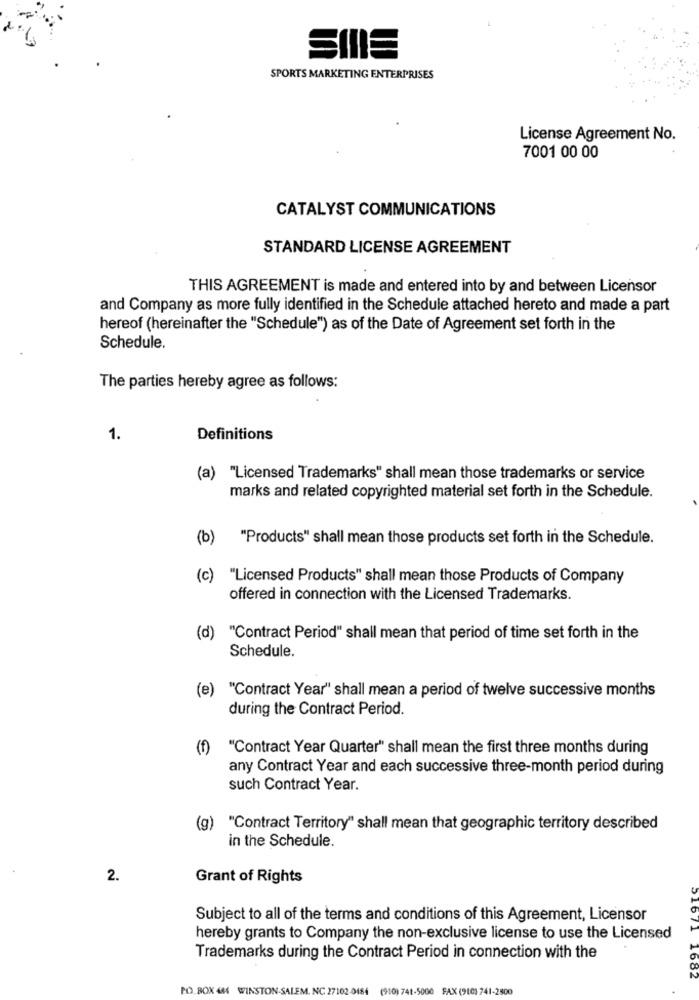
SPORTS MARKETING ENTERPRISES
License Agreement No.
7001 00 00
CATALYST COMMUNICATIONS
STANDARD LICENSE AGREEMENT
THIS AGREEMENT is made and entered into by and between Licensor
and Company as more fully identified in the Schedule attached hereto and made a part
hereof (hereinafter the "Schedule") as of the Date of Agreement set forth in the
Schedule.
The parties hereby agree as follows:
1.
Definitions
(a) "Licensed Trademarks" shall mean those trademarks or service
marks and related copyrighted material set forth in the Schedule.
(b)
"Products" shall mean those products set forth in the Schedule.
(c)
"Licensed Products" shall mean those Products of Company
offered in connection with the Licensed Trademarks.
(d) "Contract Period" shall mean that period of time set forth in the
Schedule.
(e) "Contract Year" shall mean a period of twelve successive months
during the Contract Period.
(1)
"Contract Year Quarter" shall mean the first three months during
any Contract Year and each successive three-month period during
such Contract Year.
(g) "Contract Territory" shall mean that geographic territory described
in the Schedule.
2.
Grant of Rights
Subject to all of the terms and conditions of this Agreement, Licensor
hereby grants to Company the non-exclusive license to use the Licensed
Trademarks during the Contract Period in connection with the
516/1 1682
PO.BOX 444 WINSTON-SALEM. NC 27102-0484
(910) 741-5000 FAX (910) 741-2500